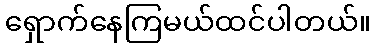
ရှောက်နေကြမယ်ထင်ပါတယ်။